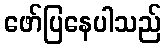
ဖော်ပြနေပါသည်